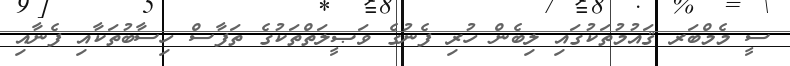
ސީ މެމްބަރ ޤައުމުތަކުގައި ލިބެން ހުރި ފެނުގެ ވަޞީލަތްތަކުގެ ތަފާސް ހިސާބުތަކާއި ފެނާއި